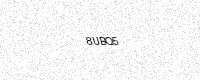
Text: 8UBQ5